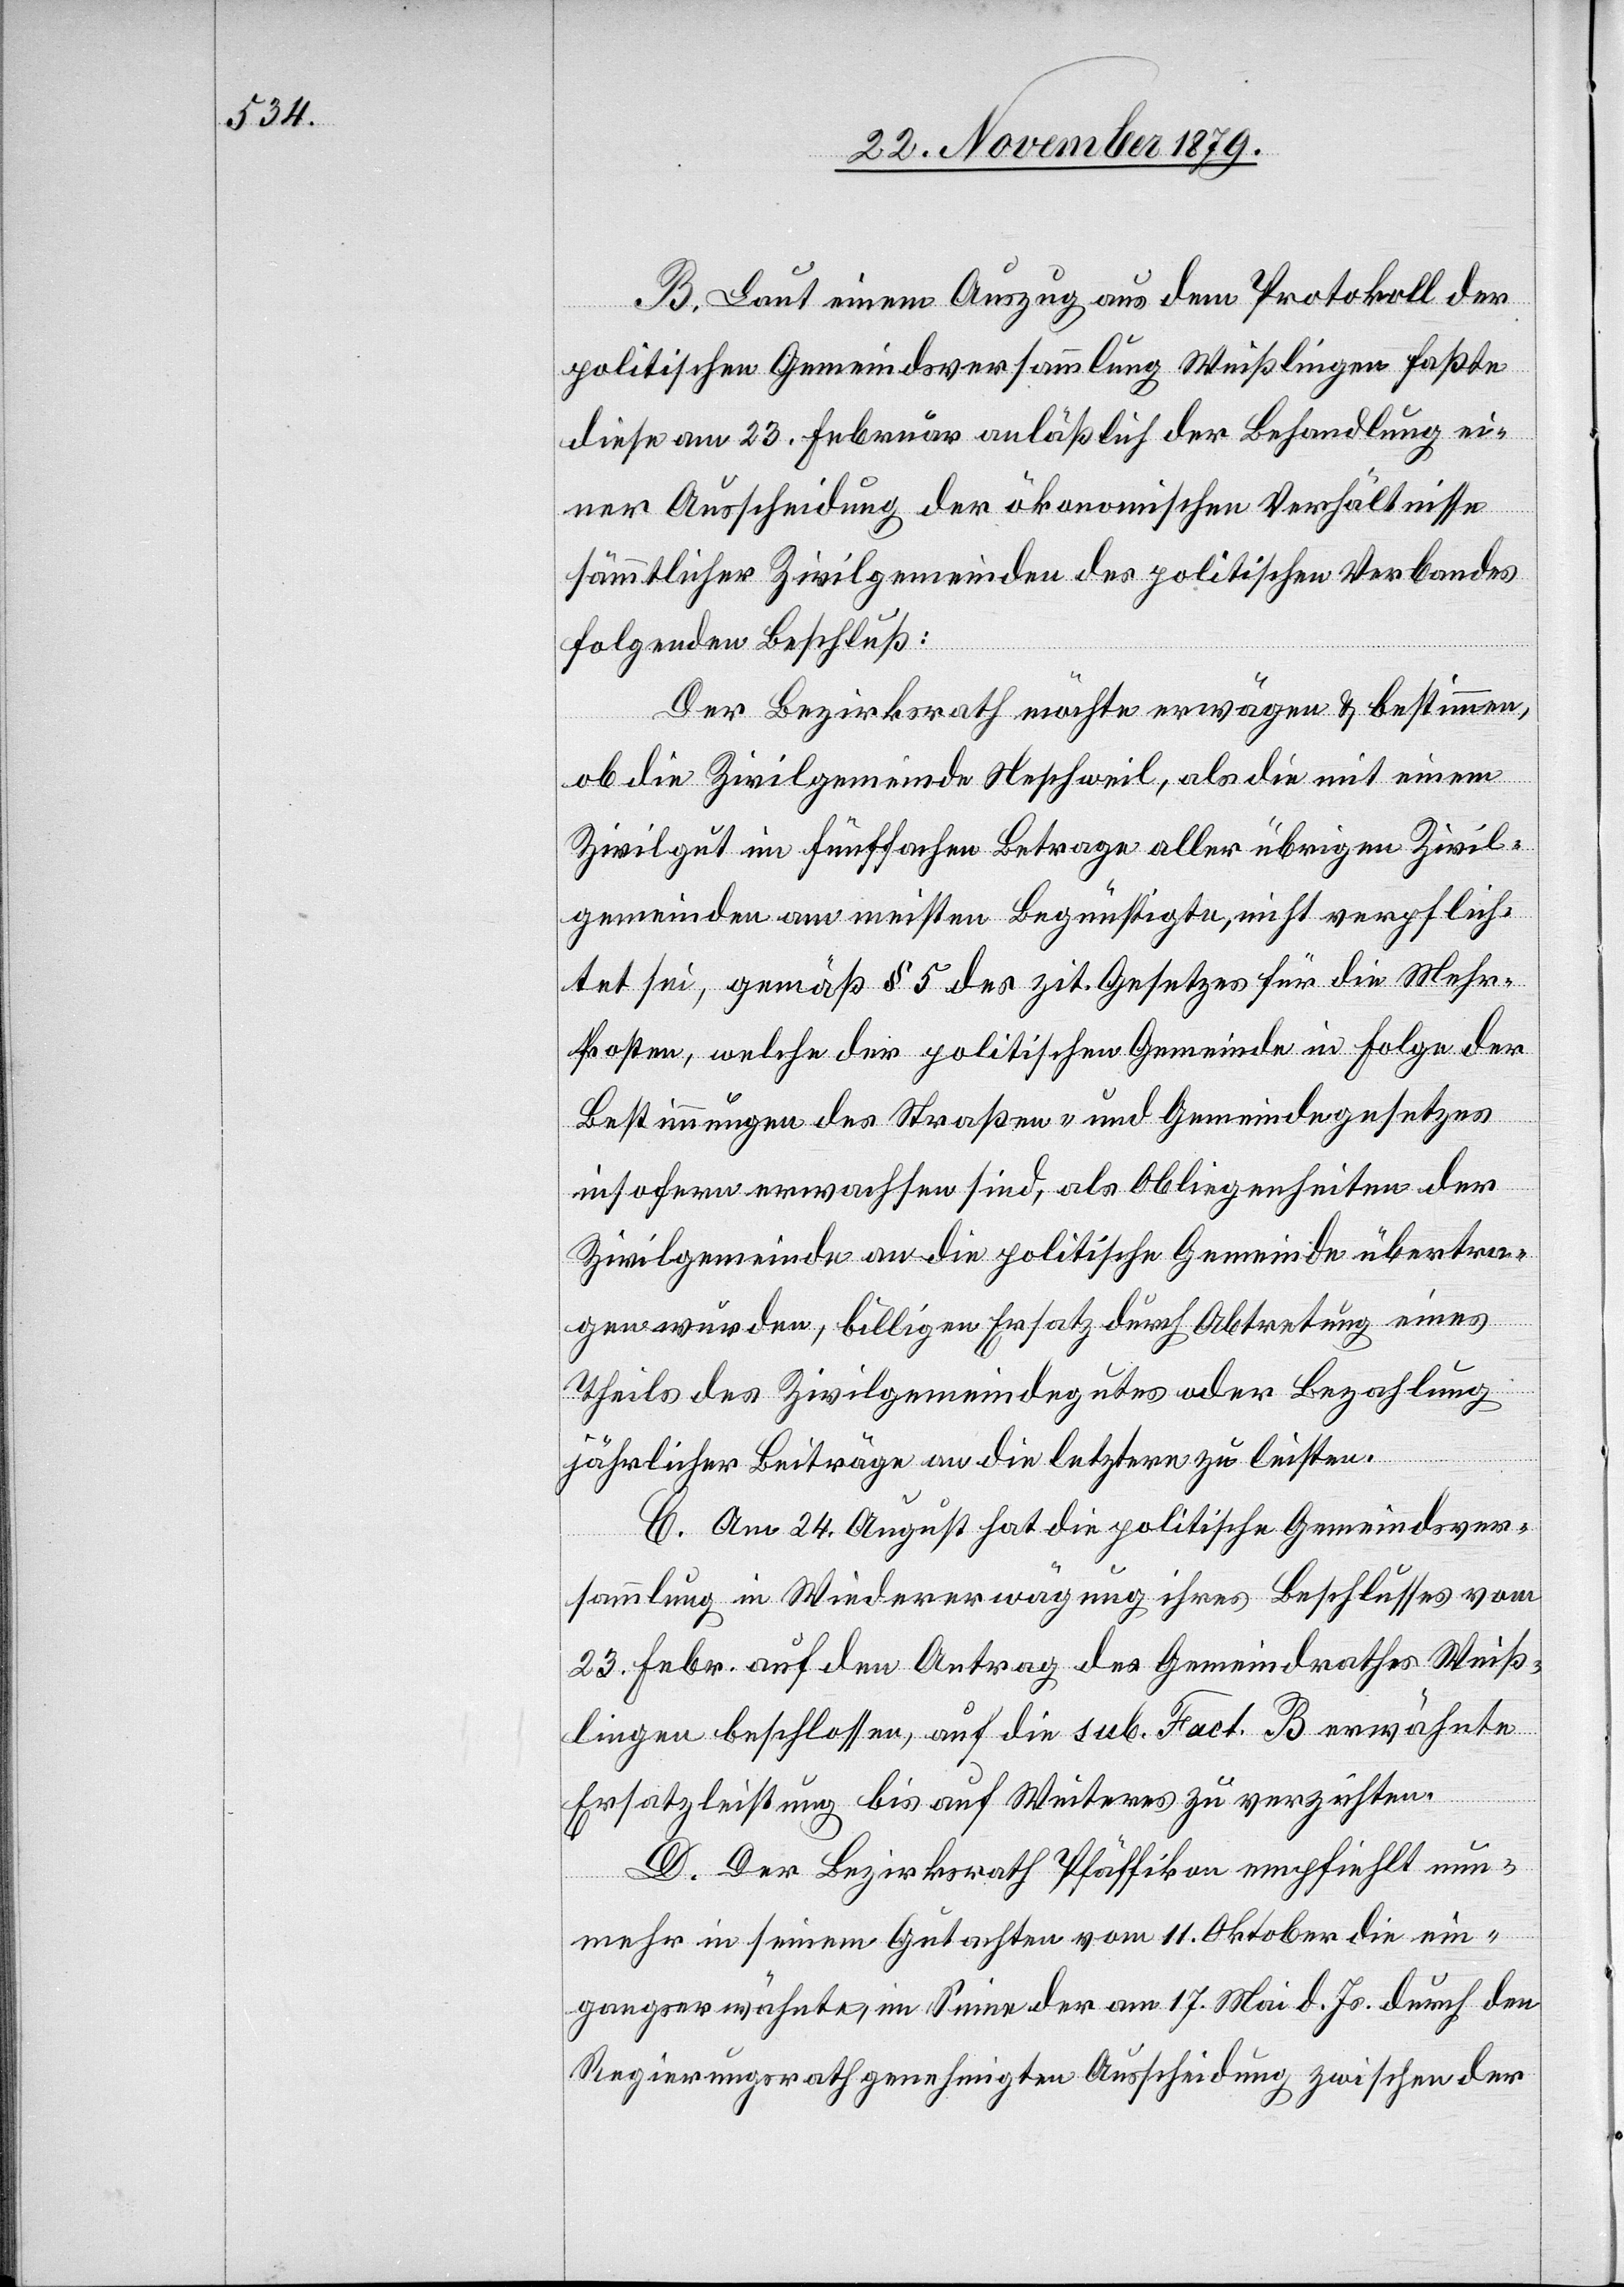
B. Laut einem Auszug aus dem Protokoll der
politischen Gemeindsversammlung Weißlingen faßte
diese am 23. Februar anläßlich der Behandlung ei¬
ner Ausscheidung der ökonomischen Verhältnisse
sämmtlicher Zivilgemeinden des politischen Verbandes
folgenden Beschluß:
Der Bezirksrath möchte erwägen & bestimmen,
ob die Zivilgemeinde Neschweil, als die mit einem
Zivilgut im fünffachen Betrage aller übrigen Zivil¬
gemeinden am meisten Begünstigte, nicht verpflich¬
tet sei, gemäß § 5 des zit. Gesetzes für die Mehr¬
kosten, welche der politischen Gemeinde in Folge der
Bestimmungen des Straßen- und Gemeindegesetzes
insofern erwachsen sind, als Obliegenheiten der
Zivilgemeinde an die politische Gemeinde übertra¬
gen würden, billigen Ersatz durch Abtretung eines
Theils des Zivilgemeindegutes oder Bezahlung
jährlicher Beiträge an die letztern zu leisten.
C. Am 24. August hat die politische Gemeindsver¬
sammlung in Wiedererwägung ihres Beschlusses vom
23. Febr. auf den Antrag des Gemeindrathes Weiß¬
lingen beschlossen, auf die sub. Fact. B erwähnte
Ersatzleistung bis auf Weiteres zu verzichten.
D. Der Bezirksrath Pfäffikon empfiehlt nun¬
mehr in seinem Gutachten vom 11. Oktober die ein¬
gangserwähnte, im Sinne der am 17. Mai d. Js. durch den
Regierungsrath genehmigten [sic!] Ausscheidung zwischen der